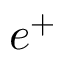
e ^ { + }